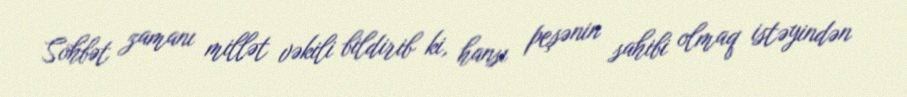
Söhbət zamanı millət vəkili bildirib ki, hansı peşənin sahibi olmaq istəyindən